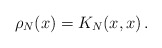
\begin{align*}\rho_N(x) = K_N(x,x)\, .\end{align*}